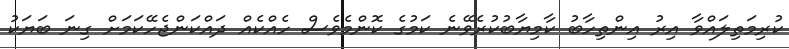
ކުރިމަތިލައްވާ އިރު އިންތިހާބު ކާމިޔާބުކުރެވޭނެ ކަމުގެ ކޮންމެވެސް ހެއްކެއް ދައްކަންޖެހޭކަމަށް ގިނަ ބަޔަކު